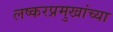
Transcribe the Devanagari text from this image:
लष्करप्रमुखांच्या